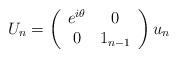
LaTeX: \begin{align*}U_n = \left( \begin{array}{cc} e^{i \theta} & 0 \\ 0 & 1_{n-1} \end{array} \right) u_n\end{align*}